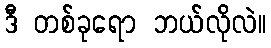
ဒီ တစ်ခုရော ဘယ်လိုလဲ။